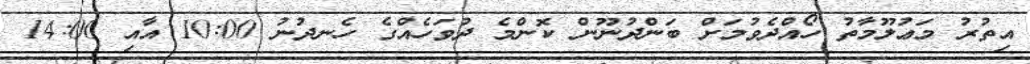
އިތުރު މަޢުލޫމާތު ހޯއްދެވުމަށް ބަންދުނޫން ކޮންމެ ދުވަހެއްގެ ހެނދުނު 10:00 އާއި 14:00